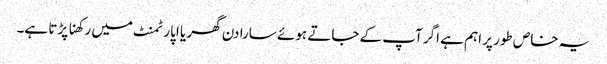
یہ خاص طور پر اہم ہے اگر آپ کے جاتے ہوئے سارا دن گھر یا اپارٹمنٹ میں رکھنا پڑتا ہے۔